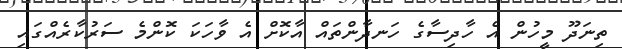
ތިނަދޫ މީހުން އެ ހާދިސާގެ ހަނދާންތައް އާކޮށް އެ ވާހަކަ ކޮންމެ ސަރުކާރެއްގައި